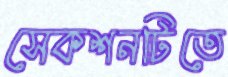
সেকশনটিতে